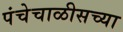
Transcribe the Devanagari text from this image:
पंचेचाळीसच्या